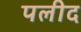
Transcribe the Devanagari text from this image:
पलीद